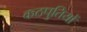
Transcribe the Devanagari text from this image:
कठपुतियों